Civil Veterinary Department Bihar & Orissa reports 1911-21 - 1911-1921
Year: 1911
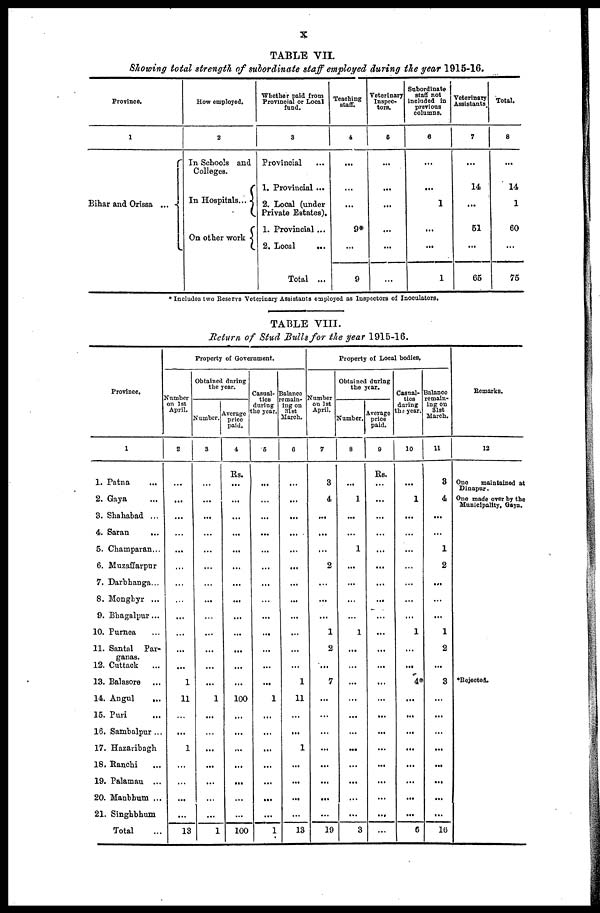
x
TABLE VII.
Showing total strength of subordinate staff employed during the year 1915-16.
Province.
1
Bihar and Orissa ...
How employed.
2
In Schools and
Colleges.
In Hospitals ...
On other work
Whether paid from
Provincial or Local
fund.
3
Provincial ...
1. Provincial ...
2. Local (under
Private Estates).
1. Provincial ...
2. Local
Total ...
Teaching
staff.
4
...
...
...
9*
...
9
Veterinary
Inspec-
tors
5
...
...
...
...
...
...
Subordinate
staff not
included in
previous
columns.
6
...
...
1
...
...
1
Veterinary
Assistants.
7
...
14
...
51
...
65
Total.
8
...
14
1
60
...
75
* Includes two Reserve Veterinary Assistants employed as Inspectors of Inoculators,
TABLE VIII.
Return of Stud Bulls for the year 1915-16.
Province.
1
1. Patna ...
2. Gaya ...
3. Shahabad ...
4. Saran
...
5. Champaran ...
6. Muzaffarpur
7. Darbhanga ...
8. Monghyr ...
9. Bhagalpur ...
10. Purnea ...
11. Santal Par-
ganas.
12. Cuttack
...
13. Balasore ...
14. Angul
...
15. Puri ...
16. Sambalpur ...
17. Hazaribagh
18. Ranchi ...
19. Palamau ...
20. Manbhum ...
21. Singhbhum
Total
Number
on 1st
April.
2
...
...
...
...
...
...
...
...
...
...
...
...
1
11
...
...
1
...
...
...
...
13
Property of Government.
Obtained during
the year.
Number
3
...
...
...
...
...
...
...
...
...
...
...
...
...
1
...
...
...
...
...
...
...
1
Average
price
paid.
4
Rs.
...
...
...
...
...
...
...
...
...
...
...
...
...
100
...
...
...
...
...
...
...
100
Casual-
ties
during
the year.
6
....
...
...
...
...
...
...
...
...
...
...
...
...
1
...
...
...
...
...
...
...
1
Balance
remain-
ing on
31st
March.
0
...
...
...
...
...
...
...
...
...
...
...
...
1
11
...
...
1
...
...
...
...
13
Number
on 1st
April.
7
3
4
...
...
...
2
...
...
...
1
2
...
7
...
...
...
...
...
...
...
...
19
Property of Local bodies.
Obtained during
the year.
Number.
8
...
1
...
...
1
...
...
...
...
1
...
...
...
...
...
...
...
...
...
...
...
3
Average
price
paid.
0
Rs.
...
...
...
...
...
...
...
...
...
...
...
...
...
...
...
...
...
...
...
...
...
...
Casual-
ties
during
the year.
10
...
1
...
...
...
...
...
...
...
1
...
...
4*
...
...
...
...
...
...
...
...
6
Balance
remain-
ing on
31st
March.
11
3
4
...
...
1
2
...
...
...
1
2
...
3
...
...
...
...
...
...
...
...
16
Remarks.
12
One
maintained at
Dinapur.
One made over by the
Municipality, Gaya.
*Rejected.